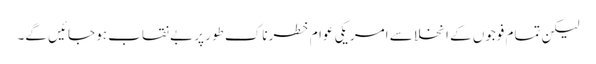
لیکن تمام فوجوں کے انخلا سے امریکی عوام خطرناک طور پر بے نقاب ہو جائیں گے۔